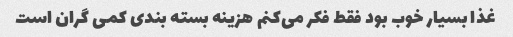
غذا بسیار خوب بود فقط فکر می‌کنم هزینه بسته بندی کمی گران است